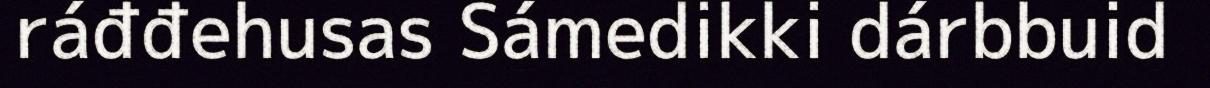
ráđđehusas Sámedikki dárbbuid